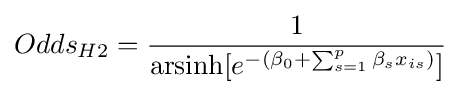
Odds_{H2}={\frac {1}{\operatorname {arsinh} [e^{-(\beta _{0}+\sum _{s=1}^{p}{\beta _{s}x_{is}})}]}}